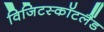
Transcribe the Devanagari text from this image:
विजिटस्कॉटलैंड